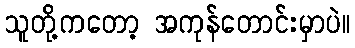
သူတို့ကတော့ အကုန်တောင်းမှာပဲ။